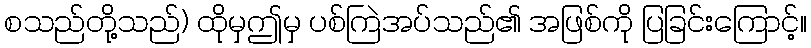
စသည်တို့သည်) ထိုမှဤမှ ပစ်ကြဲအပ်သည်၏ အဖြစ်ကို ပြခြင်းကြောင့်။